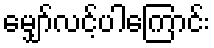
မျှော်လင့်ပါကြောင်း